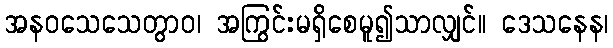
အနဝသေသေတွာဝ၊ အကြွင်းမရှိစေမူ၍သာလျှင်။ ဒေသနေန၊